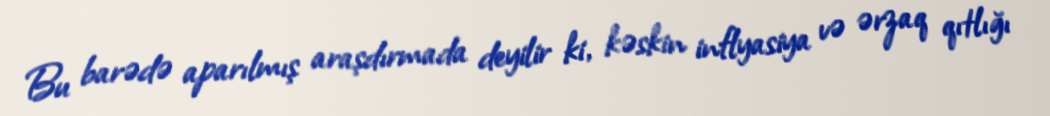
Bu barədə aparılmış araşdırmada deyilir ki, kəskin inflyasiya və ərzaq qıtlığı